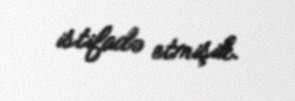
istifadə etmişik.